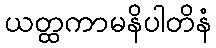
ယတ္ထကာမနိပါတိနံ